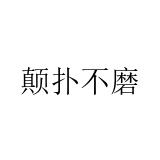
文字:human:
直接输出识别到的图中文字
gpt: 颠扑不磨